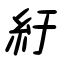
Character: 紆